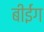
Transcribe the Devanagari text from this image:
बीईंग